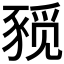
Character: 𰶨